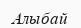
Алыбай